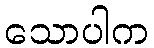
သောပါက